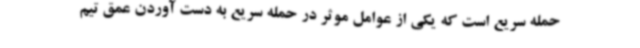
حمله سریع است که یکی از عوامل موثر در حمله سریع به دست آوردن عمق تیم